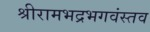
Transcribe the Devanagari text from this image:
श्रीरामभद्रभगवंस्तव